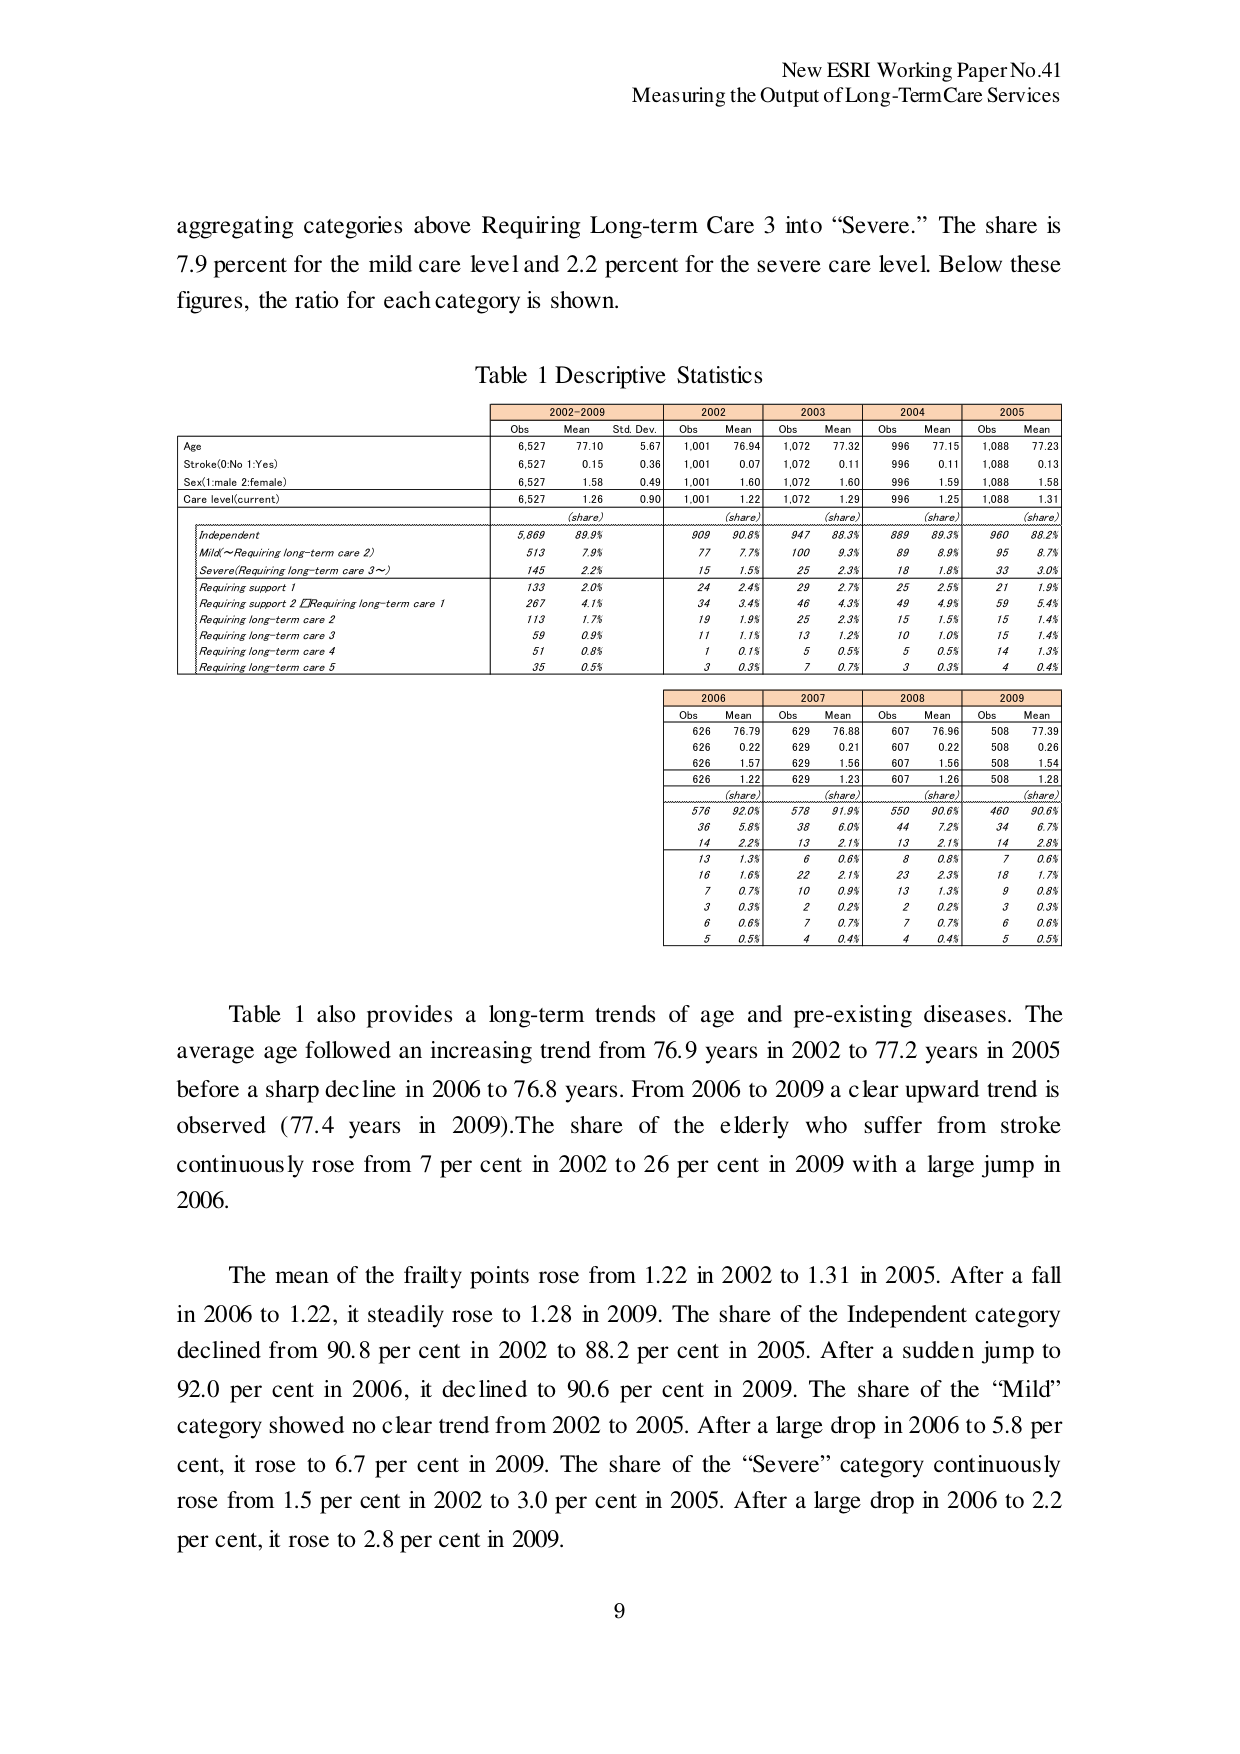
New ESRI Working Paper No.41
Measuring the Output of Long-Term Care Services

aggregating categories above Requiring Long-term Care 3 into “Severe.” The share is 7.9 percent for the mild care level and 2.2 percent for the severe care level. Below these figures, the ratio for each category is shown.

Table 1 Descriptive Statistics

2002-2009    2002    2003    2004    2005
Obs    Mean    Std. Dev.    Obs    Mean    Obs    Mean    Obs    Mean    Obs    Mean
Age    6,527    77.10    5.67    1,001    76.94    1,072    77.32    996    77.15    1,088    77.23
Stroke(0:No 1:Yes)    6,527    0.15    0.36    1,001    0.07    1,072    0.11    996    0.11    1,088    0.13
Sex(1:male 2:female)    6,527    1.58    0.49    1,001    1.60    1,072    1.60    996    1.59    1,088    1.58
Care level(current)    6,527    1.26    0.90    1,001    1.22    1,072    1.29    996    1.25    1,088    1.31

(share)    (share)    (share)    (share)    (share)
Independent    5,669    89.9%    909    90.8%    947    88.3%    889    89.3%    960    88.2%
Mild~Requiring long-term care 2)    513    7.9%    77    7.7%    100    9.3%    89    8.9%    95    8.7%
Severe(Requiring long-term care 3~)    145    2.2%    15    1.5%    25    2.3%    18    1.8%    33    3.0%
Requiring support 1    133    2.0%    24    2.4%    29    2.7%    25    2.5%    21    1.9%
Requiring support 2 (Requiring long-term care 1    267    4.1%    34    3.4%    46    4.3%    49    4.9%    59    5.4%
Requiring long-term care 2    113    1.7%    19    1.9%    25    2.3%    15    1.5%    15    1.4%
Requiring long-term care 3    59    0.9%    11    1.1%    13    1.2%    10    1.0%    15    1.4%
Requiring long-term care 4    51    0.8%    1    0.1%    5    0.5%    5    0.5%    14    1.3%
Requiring long-term care 5    35    0.5%    3    0.3%    7    0.7%    3    0.3%    4    0.4%

2006    2007    2008    2009
Obs    Mean    Obs    Mean    Obs    Mean    Obs    Mean
626    76.79    629    76.88    607    76.96    508    77.39
626    0.22    629    0.21    607    0.22    508    0.26
626    1.57    629    1.56    607    1.56    508    1.54
626    1.22    629    1.23    607    1.26    508    1.28

(share)    (share)    (share)    (share)
576    92.0%    578    91.9%    550    90.6%    460    90.6%
36    5.8%    38    6.0%    44    7.2%    34    6.7%
14    2.2%    13    2.1%    13    2.1%    14    2.8%
13    1.3%    6    0.6%    8    0.8%    7    0.6%
16    1.6%    22    2.1%    23    2.3%    18    1.7%
7    0.7%    10    0.9%    13    1.3%    9    0.8%
3    0.3%    2    0.2%    2    0.2%    3    0.3%
6    0.6%    7    0.7%    7    0.7%    6    0.6%
5    0.5%    4    0.4%    4    0.4%    5    0.5%

Table 1 also provides a long-term trends of age and pre-existing diseases. The average age followed an increasing trend from 76.9 years in 2002 to 77.2 years in 2005 before a sharp decline in 2006 to 76.8 years. From 2006 to 2009 a clear upward trend is observed (77.4 years in 2009). The share of the elderly who suffer from stroke continuously rose from 7 per cent in 2002 to 26 per cent in 2009 with a large jump in 2006.

The mean of the frailty points rose from 1.22 in 2002 to 1.31 in 2005. After a fall in 2006 to 1.22, it steadily rose to 1.28 in 2009. The share of the Independent category declined from 90.8 per cent in 2002 to 88.2 per cent in 2005. After a sudden jump to 92.0 per cent in 2006, it declined to 90.6 per cent in 2009. The share of the “Mild” category showed no clear trend from 2002 to 2005. After a large drop in 2006 to 5.8 per cent, it rose to 6.7 per cent in 2009. The share of the “Severe” category continuously rose from 1.5 per cent in 2002 to 3.0 per cent in 2005. After a large drop in 2006 to 2.2 per cent, it rose to 2.8 per cent in 2009.

9